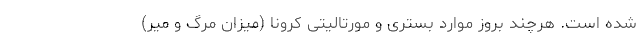
شده است. هرچند بروز موارد بستری و مورتالیتی کرونا (میزان مرگ و میر)